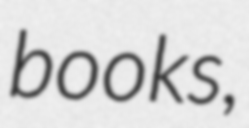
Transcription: books,